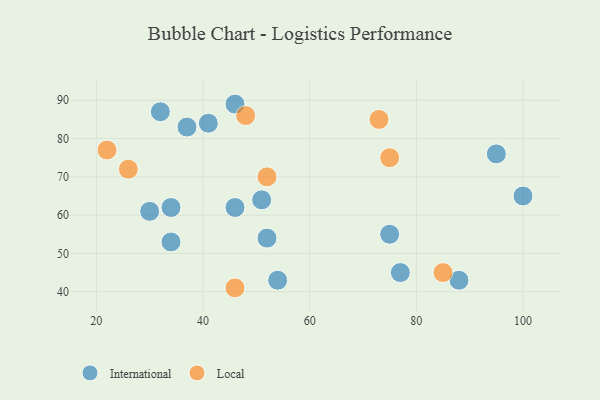
{"axis": {"x": "GDP", "y": "Life Expectancy"}, "legend": ["International", "Local"], "data": [{"x": "30", "y": 61, "type": "International"}, {"x": "34", "y": 62, "type": "International"}, {"x": "88", "y": 43, "type": "International"}, {"x": "100", "y": 65, "type": "International"}, {"x": "95", "y": 76, "type": "International"}, {"x": "54", "y": 43, "type": "International"}, {"x": "51", "y": 64, "type": "International"}, {"x": "52", "y": 54, "type": "International"}, {"x": "41", "y": 84, "type": "International"}, {"x": "37", "y": 83, "type": "International"}, {"x": "46", "y": 62, "type": "International"}, {"x": "32", "y": 87, "type": "International"}, {"x": "46", "y": 89, "type": "International"}, {"x": "34", "y": 53, "type": "International"}, {"x": "77", "y": 45, "type": "International"}, {"x": "75", "y": 55, "type": "International"}, {"x": "85", "y": 45, "type": "Local"}, {"x": "22", "y": 77, "type": "Local"}, {"x": "73", "y": 85, "type": "Local"}, {"x": "52", "y": 70, "type": "Local"}, {"x": "48", "y": 86, "type": "Local"}, {"x": "75", "y": 75, "type": "Local"}, {"x": "26", "y": 72, "type": "Local"}, {"x": "46", "y": 41, "type": "Local"}]}